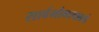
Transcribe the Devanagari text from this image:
सार्वभौमत्वाकडे